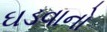
ઘડવાનો